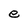
Character: e